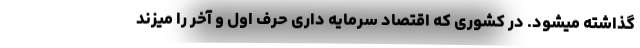
گذاشته میشود. در کشوری که اقتصاد سرمایه داری حرف اول و آخر را میزند